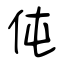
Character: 伅